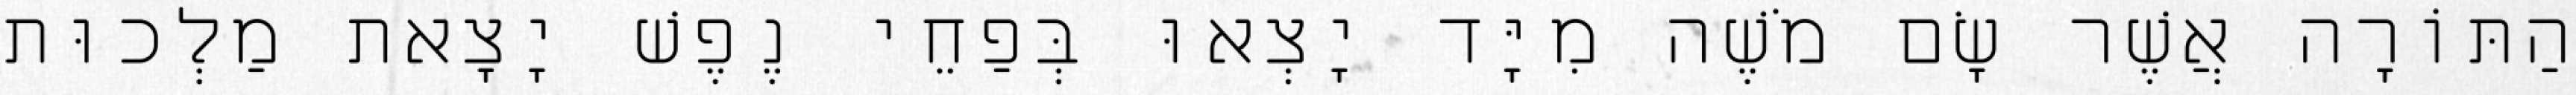
הַתּוֹרָה אֲשֶׁר שָׂם מֹשֶׁה מִיָּד יָצְאוּ בְּפַחֵי נֶפֶשׁ יָצָאת מַלְכוּת